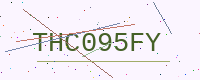
Text: THC095FY